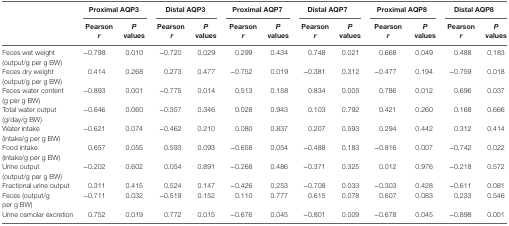
<table><thead><tr><td></td><td colspan="2"><b>Proximal AQP3</b></td><td colspan="2"><b>Distal AQP3</b></td><td colspan="2"><b>Proximal AQP7</b></td><td colspan="2"><b>Distal AQP7</b></td><td colspan="2"><b>Proximal AQP8</b></td><td colspan="2"><b>Distal AQP8</b></td></tr><tr><td></td><td><b>Pearson <i>r</i></b></td><td><b><i>P</i> values</b></td><td><b>Pearson <i>r</i></b></td><td><b><i>P</i> values</b></td><td><b>Pearson <i>r</i></b></td><td><b><i>P</i> values</b></td><td><b>Pearson <i>r</i></b></td><td><b><i>P</i> values</b></td><td><b>Pearson <i>r</i></b></td><td><b><i>P</i> values</b></td><td><b>Pearson <i>r</i></b></td><td><b><i>P</i> values</b></td></tr></thead><tbody><tr><td>Feces wet weight (output/g per g BW)</td><td>−0.798</td><td>0.010</td><td>−0.720</td><td>0.029</td><td>0.299</td><td>0.434</td><td>0.748</td><td>0.021</td><td>0.668</td><td>0.049</td><td>0.488</td><td>0.183</td></tr><tr><td>Feces dry weight (output/g per g BW)</td><td>0.414</td><td>0.268</td><td>0.273</td><td>0.477</td><td>−0.752</td><td>0.019</td><td>−0.381</td><td>0.312</td><td>−0.477</td><td>0.194</td><td>−0.759</td><td>0.018</td></tr><tr><td>Feces water content (g per g BW)</td><td>−0.893</td><td>0.001</td><td>−0.775</td><td>0.014</td><td>0.513</td><td>0.158</td><td>0.834</td><td>0.005</td><td>0.786</td><td>0.012</td><td>0.696</td><td>0.037</td></tr><tr><td>Total water output (g/day/g BW)</td><td>−0.646</td><td>0.060</td><td>−0.357</td><td>0.346</td><td>0.028</td><td>0.943</td><td>0.103</td><td>0.792</td><td>0.421</td><td>0.260</td><td>0.168</td><td>0.666</td></tr><tr><td>Water intake (intake/g per g BW)</td><td>−0.621</td><td>0.074</td><td>−0.462</td><td>0.210</td><td>0.080</td><td>0.837</td><td>0.207</td><td>0.593</td><td>0.294</td><td>0.442</td><td>0.312</td><td>0.414</td></tr><tr><td>Food intake (intake/g per g BW)</td><td>0.657</td><td>0.055</td><td>0.593</td><td>0.093</td><td>−0.658</td><td>0.054</td><td>−0.488</td><td>0.183</td><td>−0.816</td><td>0.007</td><td>−0.742</td><td>0.022</td></tr><tr><td>Urine output (output/g per g BW)</td><td>−0.202</td><td>0.602</td><td>0.054</td><td>0.891</td><td>−0.268</td><td>0.486</td><td>−0.371</td><td>0.325</td><td>0.012</td><td>0.976</td><td>−0.218</td><td>0.572</td></tr><tr><td>Fractional urine output</td><td>0.311</td><td>0.415</td><td>0.524</td><td>0.147</td><td>−0.426</td><td>0.253</td><td>−0.708</td><td>0.033</td><td>−0.303</td><td>0.428</td><td>−0.611</td><td>0.081</td></tr><tr><td>Feces (output/g per g BW)</td><td>−0.711</td><td>0.032</td><td>−0.519</td><td>0.152</td><td>0.110</td><td>0.777</td><td>0.615</td><td>0.078</td><td>0.607</td><td>0.083</td><td>0.233</td><td>0.546</td></tr><tr><td>Urine osmolar excretion</td><td>0.752</td><td>0.019</td><td>0.772</td><td>0.015</td><td>−0.676</td><td>0.045</td><td>−0.801</td><td>0.009</td><td>−0.678</td><td>0.045</td><td>−0.898</td><td>0.001</td></tr></tbody></table>